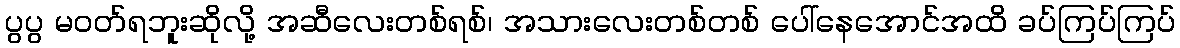
ပွပွ မဝတ်ရဘူးဆိုလို့ အဆီလေးတစ်ရစ်၊ အသားလေးတစ်တစ် ပေါ်နေအောင်အထိ ခပ်ကြပ်ကြပ်